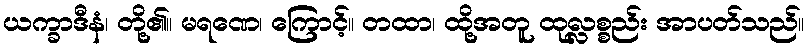
ယက္ခာဒီနံ၊ တို့၏။ မရဏေ၊ ကြောင့်။ တထာ၊ ထို့အတူ ထုလ္လစ္စည်း အာပတ်သည်။